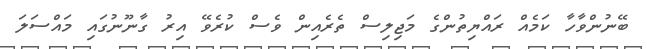
ބޭނުންވާހާ ކަމެއް ރައްޔިތުންގެ މަޖިލިސް ތެރެއިން ވެސް ކުރެވޭ އިރު ގާނޫނުގައި މައްސަލަ